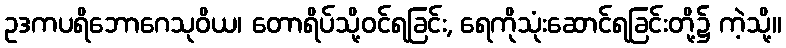
ဥဒကပရိဘောဂေသုဝိယ၊ တောရိပ်သို့ဝင်ရခြင်း, ရေကိုသုံးဆောင်ရခြင်းတို့၌ ကဲ့သို့။